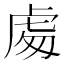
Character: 䖏